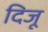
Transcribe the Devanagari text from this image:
दिजू